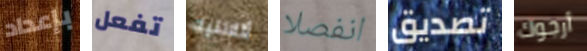
بإعداد تفعل أتلانتيك انفصلا تصديق أرجوك